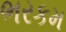
ભરકમ